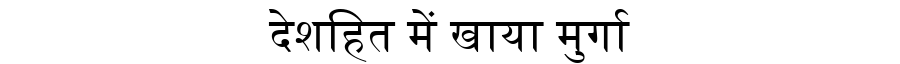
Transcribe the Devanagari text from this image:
देशहित में खाया मुर्गा